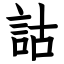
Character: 詁